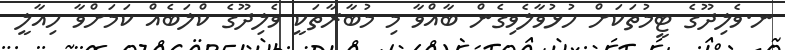
ނ.ވެލިދޫގެ ޓީމުތަކަށް ހުޅުވާލެވިގެން ބާއްވާ މި މުބާރާތަކީ ވެލިދޫގެ ކްލަބެއް ކަމަށްވާ ހިއާލީ